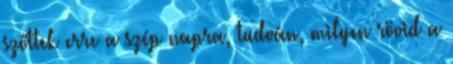
szőttek erre a szép napra, tudván, milyen rövid a